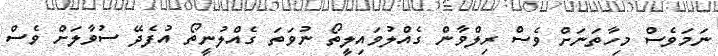
ނަމަވެސް މިހާތަނަށް ވެސް ރިލްވާން ގެއްލުވައިލީތޯ ނުވަތަ ގެއްލުނީތޯ އުފެދޭ ސުވާލަށް ވެސް